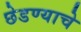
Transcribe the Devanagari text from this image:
छेडण्याचे